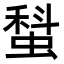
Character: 𧎗